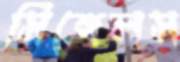
সিঙ্গেলস